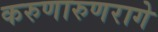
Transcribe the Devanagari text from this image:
करुणारुणरागे